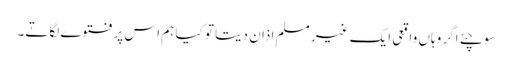
سوچئے اگر وہاں واقعی ایک غیر مسلم اذان دیتا تو کیا ہم اس پرفتوے لگاتے۔